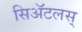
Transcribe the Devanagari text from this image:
सिॲटलस्